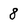
Character: 8